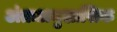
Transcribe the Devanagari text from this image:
अंतःअनुशासिक